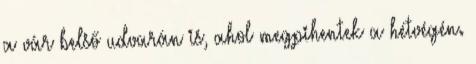
a vár belső udvarán is, ahol megpihentek a hétvégén.